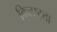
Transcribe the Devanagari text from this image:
किलष्टता